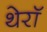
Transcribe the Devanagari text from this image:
थेरॉ